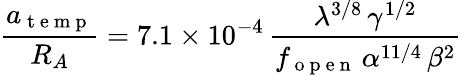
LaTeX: \frac{a_{\mathrm{~t~e~m~p~}}}{R_{A}}=7.1\times 10^{-4}\, \frac{\lambda^{3/8}\, \gamma^{1/2}}{f_{\mathrm{~o~p~e~n~}}\, \alpha^{11/4}\, \beta^{2}}